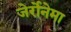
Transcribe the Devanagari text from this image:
जेर्रोनेमा